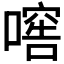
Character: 𱔫